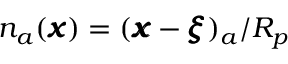
n _ { a } ( { \pmb x } ) = ( { \pmb x } - { \pmb \xi } ) _ { a } / R _ { p }